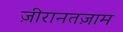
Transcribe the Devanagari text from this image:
ज़ीरानतज़ाम